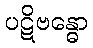
ပဋိဗန္ဓော